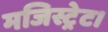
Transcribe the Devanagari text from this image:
मजिस्ट्रेट।